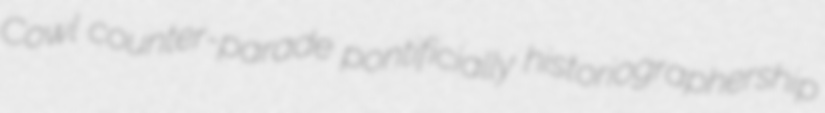
Cowl counter-parade pontificially historiographership